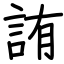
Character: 詴